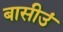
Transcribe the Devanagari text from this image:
बासीउं